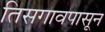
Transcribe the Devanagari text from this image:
तिसगावपासून